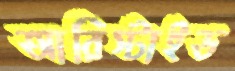
আরিস্টাইড